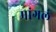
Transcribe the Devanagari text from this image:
मांगलं